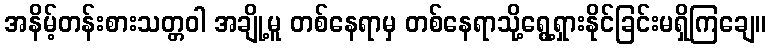
အနိမ့်တန်းစားသတ္တဝါ အချို့မူ တစ်နေရာမှ တစ်နေရာသို့ရွေ့ရှားနိုင်ခြင်းမရှိကြချေ။